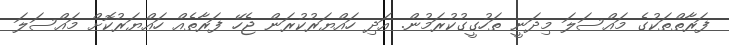
ފަރާތްތަކުގެ މައްސަލަ މިދަނީ ތަހުގީގުކުރަމުން. އަދި ހައްޔަރުކުރަން ޖެހޭ ފަރާތެއް ހައްޔަރުކޮށް މައްސަލަ